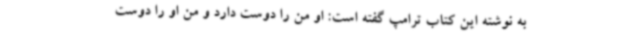
به نوشته این کتاب ترامپ گفته است: او من را دوست دارد و من او را دوست